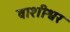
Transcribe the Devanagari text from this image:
वाशीश्वर